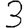
Digit: 3